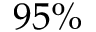
9 5 \%